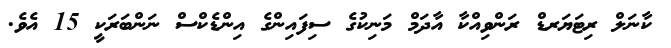
ކާނަލް ރިޓަޔަރޑް ރަންވިއްކާ އާދަމް މަނިކުގެ ސިފައިންގެ އިންޑެކްސް ނަންބަރަކީ 15 އެވެ.